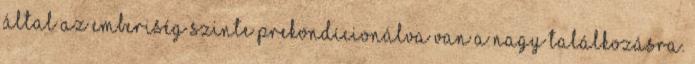
által az emberiség szinte prekondícionálva van a nagy találkozásra.